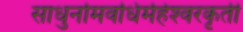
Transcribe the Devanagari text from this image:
साधुर्नामवधिर्महेश्‍वरकृती